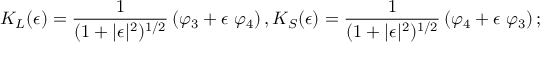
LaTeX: K _ { L } ( \epsilon ) = \frac { 1 } { ( 1 + \vert \epsilon \vert ^ { 2 } ) ^ { 1 / 2 } } \left( \varphi _ { 3 } + \epsilon \ \varphi _ { 4 } \right) , K _ { S } ( \epsilon ) = \frac { 1 } { ( 1 + \vert \epsilon \vert ^ { 2 } ) ^ { 1 / 2 } } \left( \varphi _ { 4 } + \epsilon \ \varphi _ { 3 } \right) ;